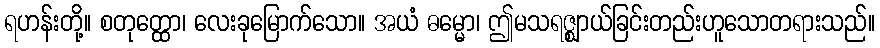
ရဟန်းတို့။ စတုတ္ထော၊ လေးခုမြောက်သော။ အယံ ဓမ္မော၊ ဤမသရဇ္ဈာယ်ခြင်းတည်းဟူသောတရားသည်။